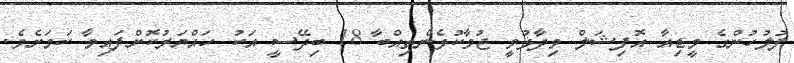
ފުލުހުންގެ މީޑިއާ އޮފިޝަލް ވިދާޅުވީ ޖުވާކުޅެންތިއްބާ 18 ބިދޭސީ އަކު ހައްޔަރުކޮށްފައިވާ ކަމަށެވެ.